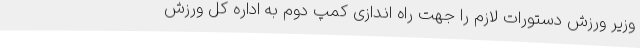
وزیر ورزش دستورات لازم را جهت راه اندازی کمپ دوم به اداره کل ورزش